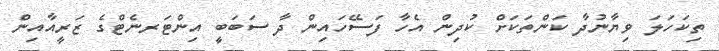
ތިކަހަލަ ވިޔާނުދާ ކަންތަކަށް ކުދިން އެހާ ފަސޭހައިން ދާ ސަބަބީ އިންޓަރނެޓްގެ ޒަރީއާއިން